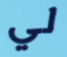
لي